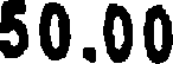
50.00